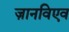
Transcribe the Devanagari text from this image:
ज़ानविएव